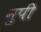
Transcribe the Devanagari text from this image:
नुपी